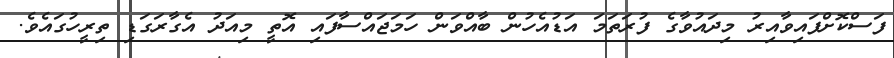
ފަސްކޮށްފައިވާއިރު މިދައުވާގެ ފުރަތަމަ އަޑުއެހުން ބާއްވަން ހަމަޖައްސާފައި އޮތީ މިއަދު އެގާރަގަޑި ތިރީހުގައެވެ.